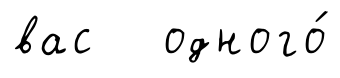
вас одного́